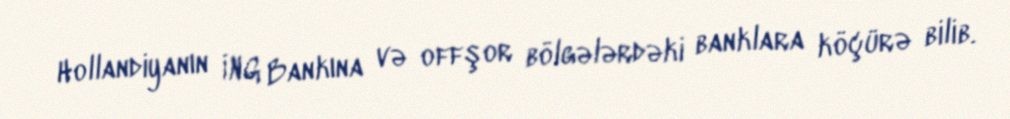
Hollandiyanın İNG Bankına və offşor bölgələrdəki banklara köçürə bilib.